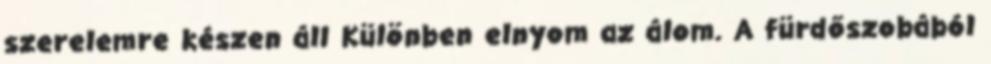
szerelemre készen áll Különben elnyom az álom. A fürdőszobából